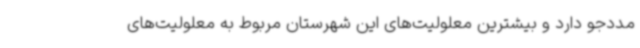
مددجو دارد و بیشترین معلولیت‌های این شهرستان مربوط به معلولیت‌های